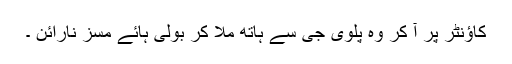
کاؤنٹر پر آ کر وہ پلوی جی سے ہاتھ ملا کر بولی ہائے مسز نارائن ۔